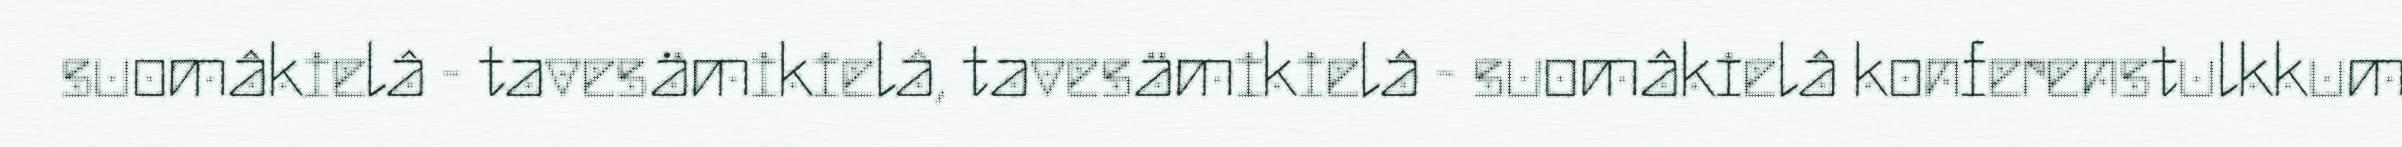
suomâkielâ - tavesämikielâ, tavesämikielâ - suomâkielâ konferenstulkkum